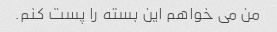
من می خواهم این بسته را پست کنم.